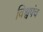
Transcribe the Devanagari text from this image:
विश्वपंच